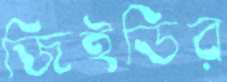
জিইডির